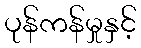
ပုန်ကန်မှုနှင့်